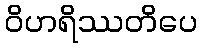
ဝိဟရိဿတိပေ